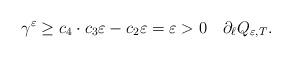
LaTeX: \begin{align*} \gamma^\varepsilon \geq c_4\cdot c_3\varepsilon-c_2\varepsilon = \varepsilon > 0 \quad\partial_\ell Q_{\varepsilon,T}. \end{align*}